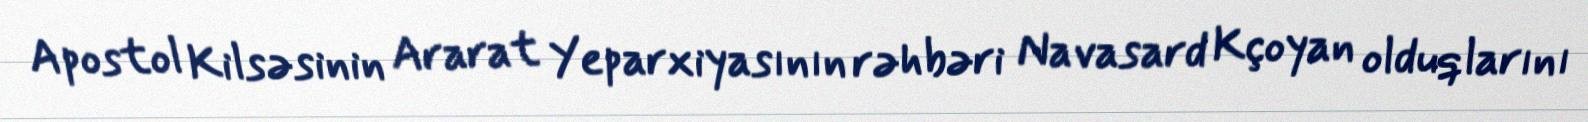
Apostol Kilsəsinin Ararat Yeparxiyasının rəhbəri Navasard Kçoyan olduqlarını